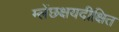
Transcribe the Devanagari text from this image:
म्लेंछक्षयदीक्षित